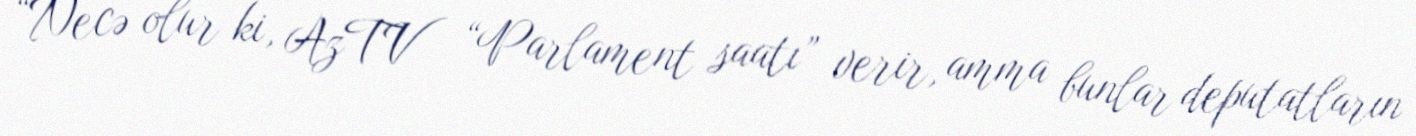
“Necə olur ki, AzTV “Parlament saatı” verir, amma bunlar deputatların